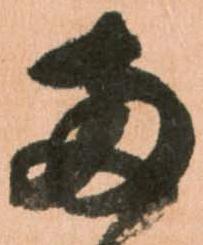
両